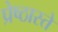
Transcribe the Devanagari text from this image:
प्रेष्ठास्ते